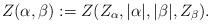
LaTeX: \begin{align*} Z(\alpha,\beta) := Z(Z_{\alpha},|\alpha|,|\beta|,Z_{\beta}).\end{align*}